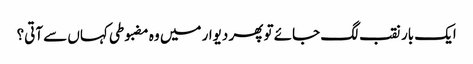
ایک بار نقب لگ جائے تو پھر دیوار میں وہ مضبوطی کہاں سے آتی؟